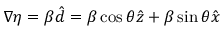
\boldsymbol { \nabla } \eta = \beta \boldsymbol { \hat { d } } = \beta \cos \theta \boldsymbol { \hat { z } } + \beta \sin \theta \boldsymbol { \hat { x } }